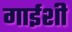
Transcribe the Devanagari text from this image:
गाईशी